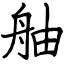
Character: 舳